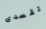
تقصدى